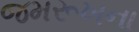
જમરૂખના